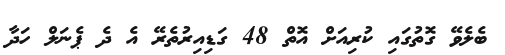
ބެލެވޭ ގޮތުގައި ކުރިއަށް އޮތް 48 ގަޑިއިރުތެރޭ އެ ދެ ޕެނަލް ހަދާ